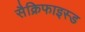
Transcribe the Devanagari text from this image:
सैक्रिफाइस्ड